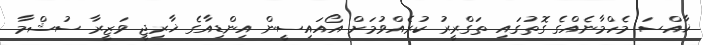
ޚާއްސަ މެހްމާނެއްގެ ގޮތުގައި ތަގްރީރު ކުރެއްވުމަށް އޯއައިސީން އިންޑިއާގެ ޚާރިޖީ ވަޒީރާ ސުޝްމާ